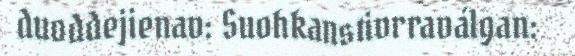
duoddejienav: Suohkanstivrraválgan: